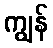
ကျွန်